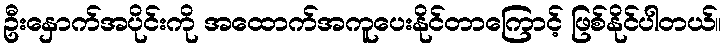
ဦးနှောက်အပိုင်းကို အထောက်အကူပေးနိုင်တာကြောင့် ဖြစ်နိုင်ပါတယ်။